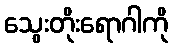
သွေးတိုးရောဂါကို